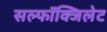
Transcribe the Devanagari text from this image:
सल्फॉक्जिलेट